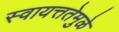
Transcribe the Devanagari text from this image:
स्वायत्ततेमुळे